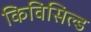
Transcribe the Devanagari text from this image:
किविसिल्ड